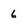
Character: 6